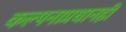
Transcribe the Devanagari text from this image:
कल्पनाप्रधानही